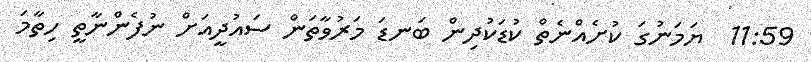
11:59  ޔަމަނުގަ ކުށެއްނެތް ކުޑަކުދިން ބަނޑަ މަރުވާތަން ސައުދީއަށް ނުފެންނާތީ ހިތާމަ